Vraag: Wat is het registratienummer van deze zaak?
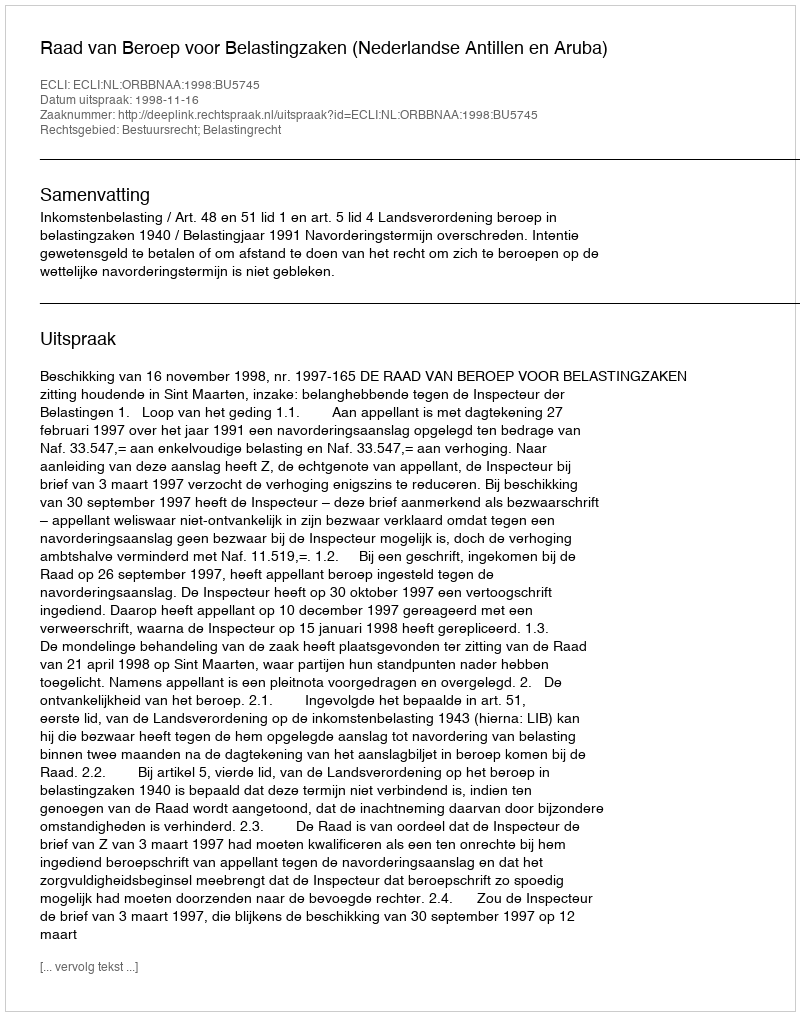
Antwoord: http://deeplink.rechtspraak.nl/uitspraak?id=ECLI:NL:ORBBNAA:1998:BU5745